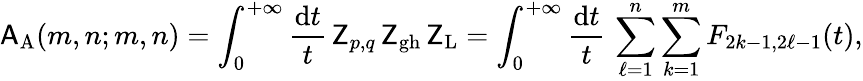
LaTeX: \mathsf{A}_{\mathrm{A}}(m,n;m,n)=\int_{0}^{+\infty}\frac{\mathrm{d}t}{t}\, \mathsf{Z}_{p,q}\, \mathsf{Z}_{\mathrm{gh}}\, \mathsf{Z}_{\mathrm{L}}=\int_{0}^{+\infty}\frac{\mathrm{d}t}{t}\, \sum_{\ell=1}^{n}\sum_{k=1}^{m}F_{2k-1,2\ell-1}(t),